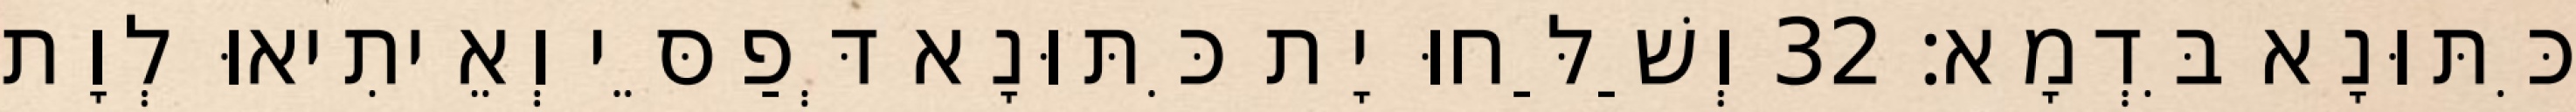
כִּתּוּנָא בִּדְמָא׃ 32 וְשַׁלַּחוּ יָת כִּתּוּנָא דְּפַסֵּי וְאֵיתִיאוּ לְוָת